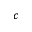
^ c